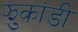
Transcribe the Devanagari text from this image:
झुकांडी